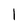
Character: l